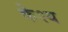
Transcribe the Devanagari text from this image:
केश्य